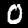
Digit: 0